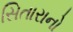
સિતારાનો